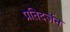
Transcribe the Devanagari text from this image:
प्रतिदर्जन